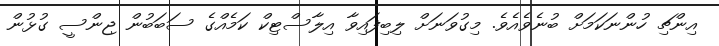
އިންޗި ހުންނަކަމަށް ބުނެވެއެވެ. މިގުވަނަށް ލިބިފައިވާ އިލާސްޓިކް ކަމެއްގެ ސަބަބުން ޖިންސީ ގުޅުން